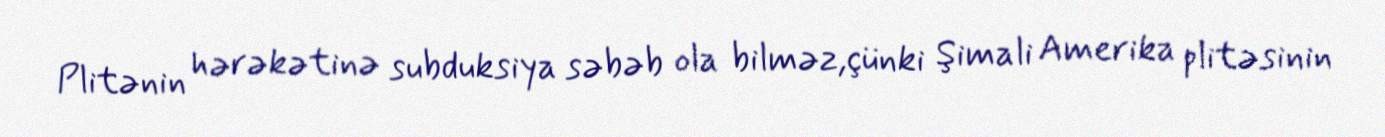
Plitənin hərəkətinə subduksiya səbəb ola bilməz,çünki Şimali Amerika plitəsinin